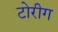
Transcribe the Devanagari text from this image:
टोरीग